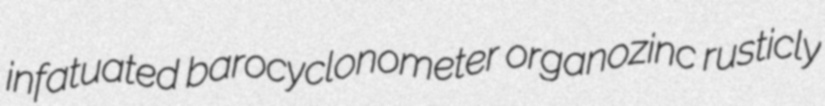
infatuated barocyclonometer organozinc rusticly